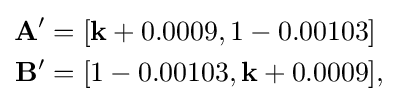
{\begin{aligned}\mathbf {A'} &=[\mathbf {k} +0.0009,1-0.00103]\\\mathbf {B'} &=[1-0.00103,\mathbf {k} +0.0009],\end{aligned}}